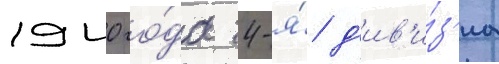
1940 го́да 4-я́ д'ив'и́з'иа